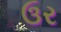
ઉર